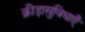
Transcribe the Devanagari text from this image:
क्रीड़ासुविधाएँ